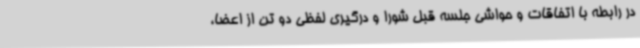
در رابطه با اتفاقات و حواشی جلسه قبل شورا و درگیری لفظی دو تن از اعضا،